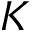
K